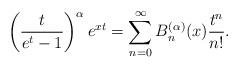
LaTeX: \begin{align*}\left(\frac{t}{e^t-1}\right)^{\alpha} e^{xt}= \sum_{n=0}^\infty B_n^{(\alpha) } (x) \frac{ t^n}{n!}.\end{align*}